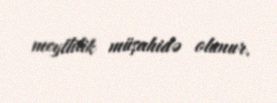
meyllilik müşahidə olunur.